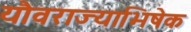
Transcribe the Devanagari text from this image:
यौवराज्याभिषेक